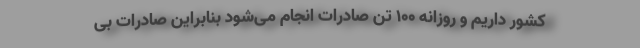
کشور داریم و روزانه ۱۰۰ تن صادرات انجام می‌شود بنابراین صادرات بی